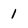
Character: 1